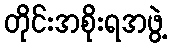
တိုင်းအစိုးရအဖွဲ့